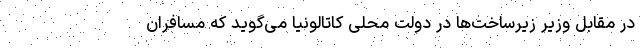
در مقابل وزیر زیرساخت‌ها در دولت محلی کاتالونیا می‌گوید که مسافران